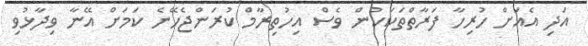
އަދި އެއަށް ހުރިހާ ފަރާތްތަކަކުން ވެސް އިހުތިރާމް ކުރަންޖެހޭނެ ކަމަށް އޭނާ ވިދާޅުވި